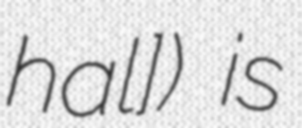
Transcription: ˈhal]) is